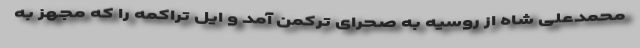
محمدعلی شاه از روسیه به صحرای ترکمن آمد و ایل تراکمه را که مجهز به